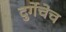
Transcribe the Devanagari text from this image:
दुर्गेचेच